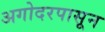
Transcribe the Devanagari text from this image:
अगोदरपासून